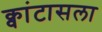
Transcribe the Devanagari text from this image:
क्वांटासला